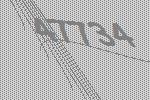
47734